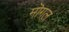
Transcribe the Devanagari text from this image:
मॊगल